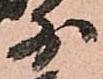
少